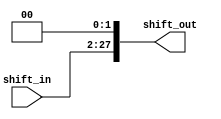
module jump_shiftleft2 (shift_in, shift_out);
	input [25:0] shift_in;
	output [27:0] shift_out;
	assign shift_out[27:0]={shift_in[25:0],2'b00};
endmodule